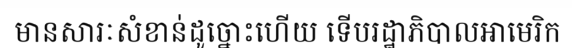
មានសារៈសំខាន់ដូច្នោះហើយ ទើបរដ្ឋាភិបាលអាមេរិក